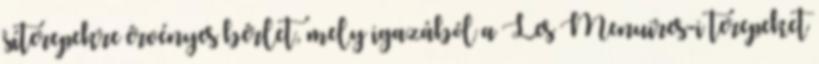
síterepekre érvényes bérlet, mely igazából a Les Menuires-i terepeket